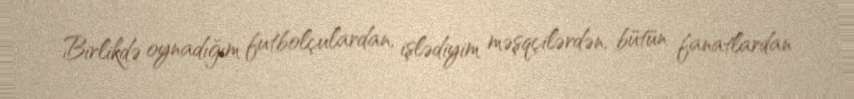
Birlikdə oynadığım futbolçulardan, işlədiyim məşqçilərdən, bütün fanatlardan